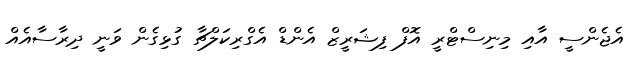
އެޖެންސީ އާއި މިނިސްޓްރީ އޮފް ފިޝަރީޒް އެންޑް އެގްރިކަލްޗާ ގުޅިގެން ވަނީ ދިރާސާއެއް